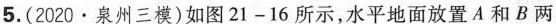
5.(2020·泉州三模)如图21-16所示，水平地面放置A和B两